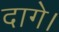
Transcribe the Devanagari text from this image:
दागे।